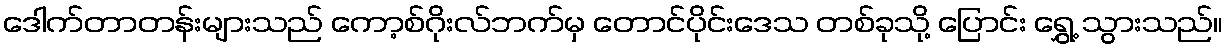
ဒေါက်တာတန်းများသည် ကော့စ်ဂိုးလ်ဘက်မှ တောင်ပိုင်းဒေသ တစ်ခုသို့ ပြောင်း ရွှေ့ သွားသည်။